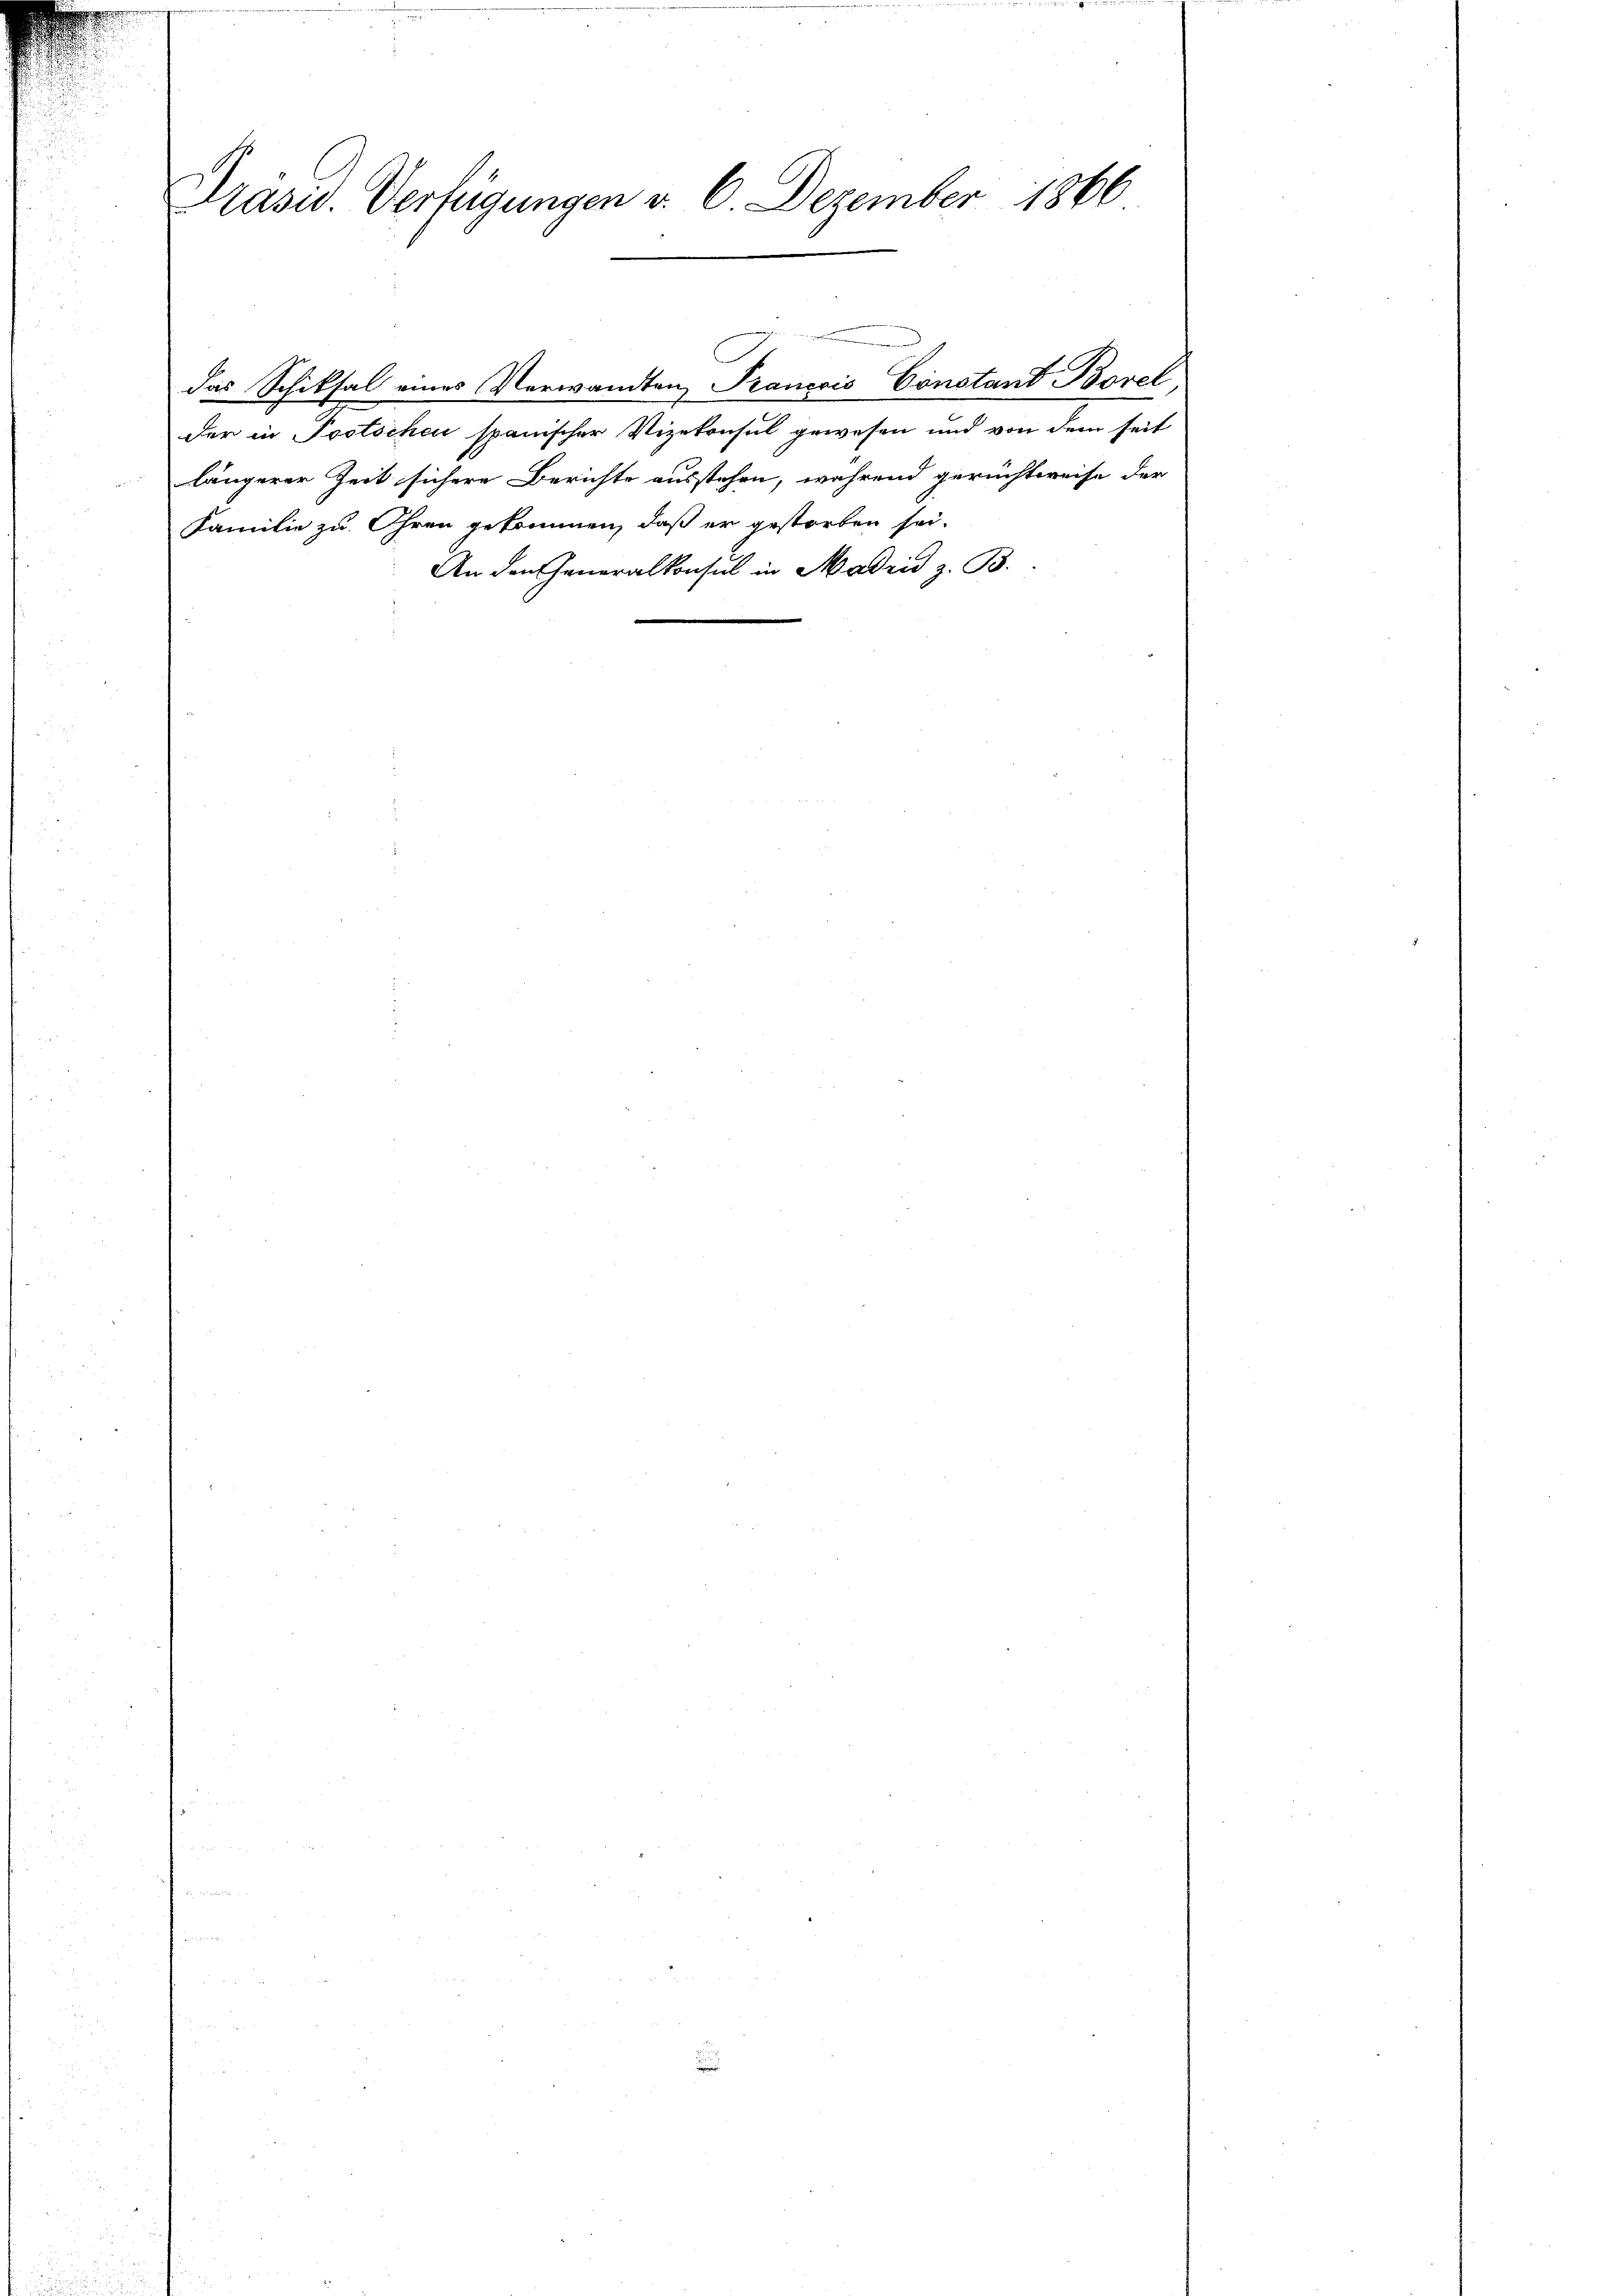
Präsid. Verfügungen d. 6. Dezember 1866

das Schiksal eines Verwandten Francois Constant Borel,
der in Postschen spanischer Vizekonsul gewesen und von dem seit
längerer Zeit sichere Berichte ausstehen, während gerichtweise der
Familie zu Ohren gekommen, daß er gestorben sei.
An den Generalkonsul in Madrid z. B.